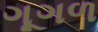
ગૂગળ